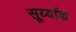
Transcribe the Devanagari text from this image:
सूर्य्याक